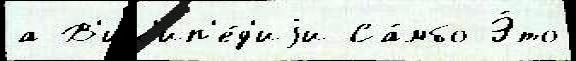
а В'ик'ип'е́д'иjи Са́мбо Э́то